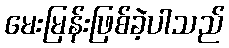
မေးမြန်းဖြစ်ခဲ့ပါသည်